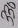
Text: 330